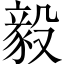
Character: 毅